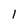
Character: 1